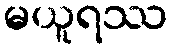
မယူရဿ